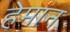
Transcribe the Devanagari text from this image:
हेमान